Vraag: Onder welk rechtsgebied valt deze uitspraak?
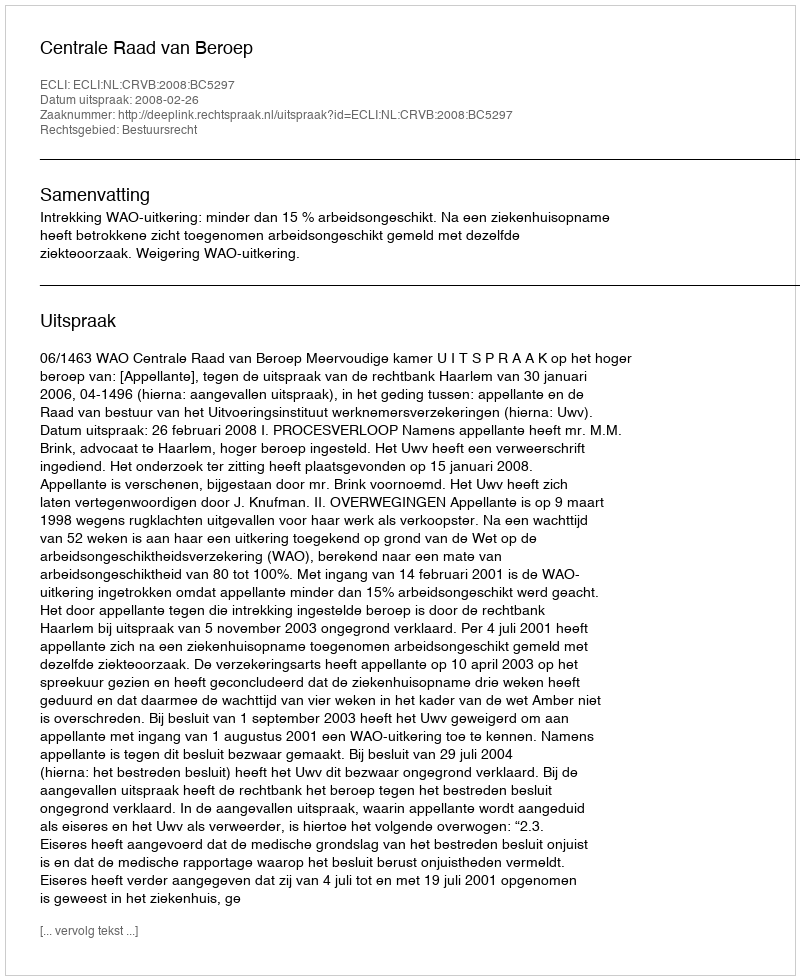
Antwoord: Bestuursrecht